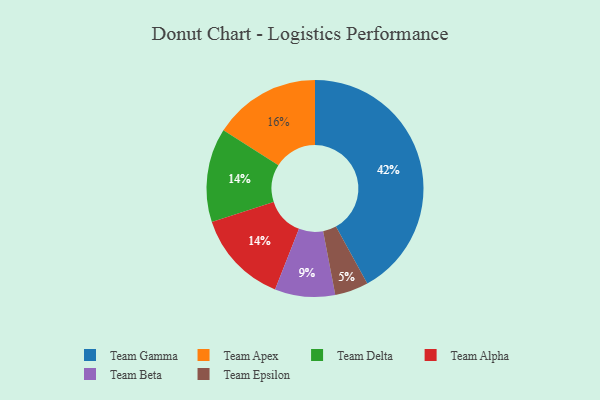
{"axis": {"x": "Category", "y": "Percentage"}, "legend": ["Team Alpha", "Team Apex", "Team Beta", "Team Delta", "Team Epsilon", "Team Gamma"], "data": [{"x": "Team Delta", "y": 14, "type": "Team Delta"}, {"x": "Team Gamma", "y": 42, "type": "Team Gamma"}, {"x": "Team Beta", "y": 9, "type": "Team Beta"}, {"x": "Team Alpha", "y": 14, "type": "Team Alpha"}, {"x": "Team Epsilon", "y": 5, "type": "Team Epsilon"}, {"x": "Team Apex", "y": 16, "type": "Team Apex"}]}